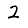
Digit: 2